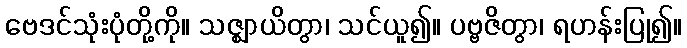
ဗေဒင်သုံးပုံတို့ကို။ သဇ္ဈာယိတွာ၊ သင်ယူ၍။ ပဗ္ဗဇိတွာ၊ ရဟန်းပြု၍။